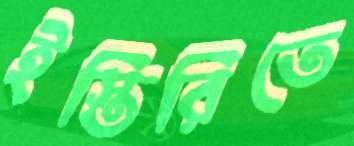
ইস্তিরিতে